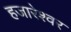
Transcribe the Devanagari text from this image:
हजारेश्वर